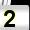
Digit: 2